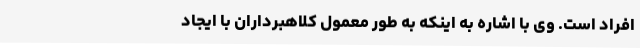
افراد است. وی با اشاره به اینکه به طور معمول کلاهبرداران با ایجاد